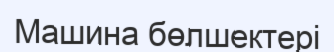
Машина бөлшектері